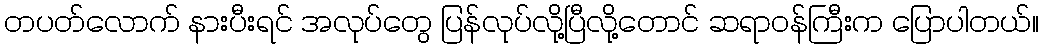
တပတ်လောက် နားပီးရင် အလုပ်တွေ ပြန်လုပ်လို့ပြီလို့တောင် ဆရာဝန်ကြီးက ပြောပါတယ်။